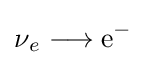
{\mathrm {\nu } {\vphantom {A}}_{\smash[{t}]{e}}{}\mathrel {\longrightarrow } {}\mathrm {e} {\vphantom {A}}^{-}}